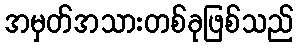
အမှတ်အသားတစ်ခုဖြစ်သည်